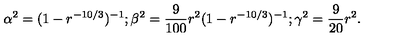
\alpha ^ { 2 } = ( 1 - r ^ { - 1 0 / 3 } ) ^ { - 1 } ; \beta ^ { 2 } = \frac { 9 } { 1 0 0 } r ^ { 2 } ( 1 - r ^ { - 1 0 / 3 } ) ^ { - 1 } ; \gamma ^ { 2 } = \frac { 9 } { 2 0 } r ^ { 2 } .